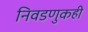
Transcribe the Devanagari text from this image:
निवडणुकही